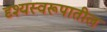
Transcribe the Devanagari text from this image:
दृश्यस्वरूपातील